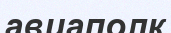
авиаполк